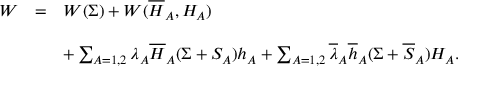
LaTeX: \begin{array} { c c l } { { W } } & { { = } } & { { W ( \Sigma ) + W ( \overline { { { H } } } _ { A } , H _ { A } ) } } \\ { { } } & { { } } & { { } } \\ { { } } & { { } } & { { + \sum _ { A = 1 , 2 } \lambda _ { A } \overline { { { H } } } _ { A } ( \Sigma + S _ { A } ) h _ { A } + \sum _ { A = 1 , 2 } \overline { { { \lambda } } } _ { A } \overline { { { h } } } _ { A } ( \Sigma + \overline { { { S } } } _ { A } ) H _ { A } . } } \end{array}